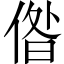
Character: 偺